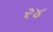
ર૪